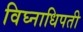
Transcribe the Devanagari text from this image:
विघ्नाधिपती